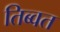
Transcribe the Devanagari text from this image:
तिब्वत